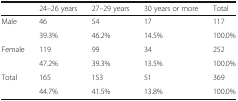
<table><thead><tr><td></td><td><b>24–26 years</b></td><td><b>27–29 years</b></td><td><b>30 years or more</b></td><td><b>Total</b></td></tr></thead><tbody><tr><td rowspan="2">Male</td><td>46</td><td>54</td><td>17</td><td>117</td></tr><tr><td>39.3%</td><td>46.2%</td><td>14.5%</td><td>100.0%</td></tr><tr><td rowspan="2">Female</td><td>119</td><td>99</td><td>34</td><td>252</td></tr><tr><td>47.2%</td><td>39.3%</td><td>13.5%</td><td>100.0%</td></tr><tr><td rowspan="2">Total</td><td>165</td><td>153</td><td>51</td><td>369</td></tr><tr><td>44.7%</td><td>41.5%</td><td>13.8%</td><td>100.0%</td></tr></tbody></table>